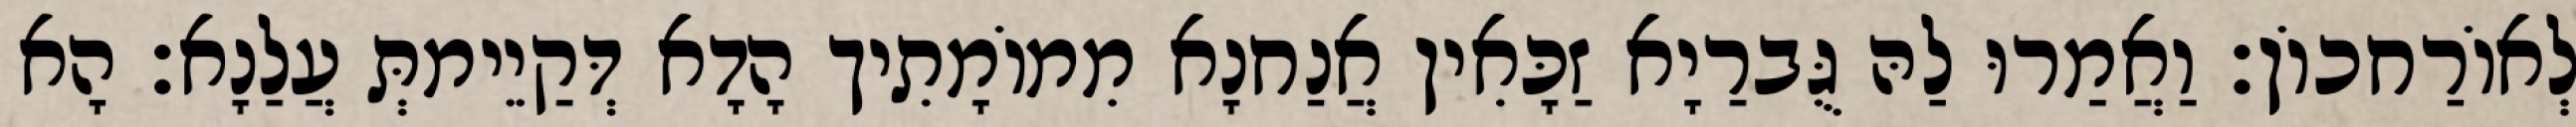
לְאוֹרַחכוֹן׃ וַאֲמַרוּ לַהּ גֻּברַיָא זַכָּאִין אֲנַחנָא מִמוֹמָתִיך הָדָא דְּקַיֵימתְּ עֲלַנָא׃ הָא